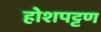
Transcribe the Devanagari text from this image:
होशपट्टण